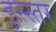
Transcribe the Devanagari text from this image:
इस्स्तर